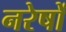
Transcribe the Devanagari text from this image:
नरेषों